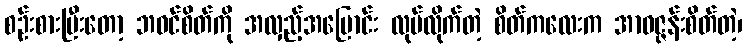
စဉ်းစားပြီးတော့ ဘဝင်စိတ်ကို အလှည့်အပြောင်း လုပ်လိုက်တဲ့ စိတ်ကလေးက အာဝဇ္ဇန်းစိတ်တဲ့၊